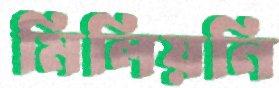
মিলিয়নি